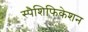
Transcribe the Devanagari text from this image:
स्पैशिफिकेशन